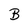
Character: B